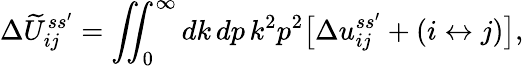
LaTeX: \Delta\widetilde U_{ij}^{ss^{\prime}}=\iint_{0}^{\infty}dk\, dp\, k^{2}p^{2}\bigl[\Delta u_{ij}^{ss^{\prime}}+(i\leftrightarrow j)\bigr],